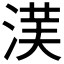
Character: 𱦰